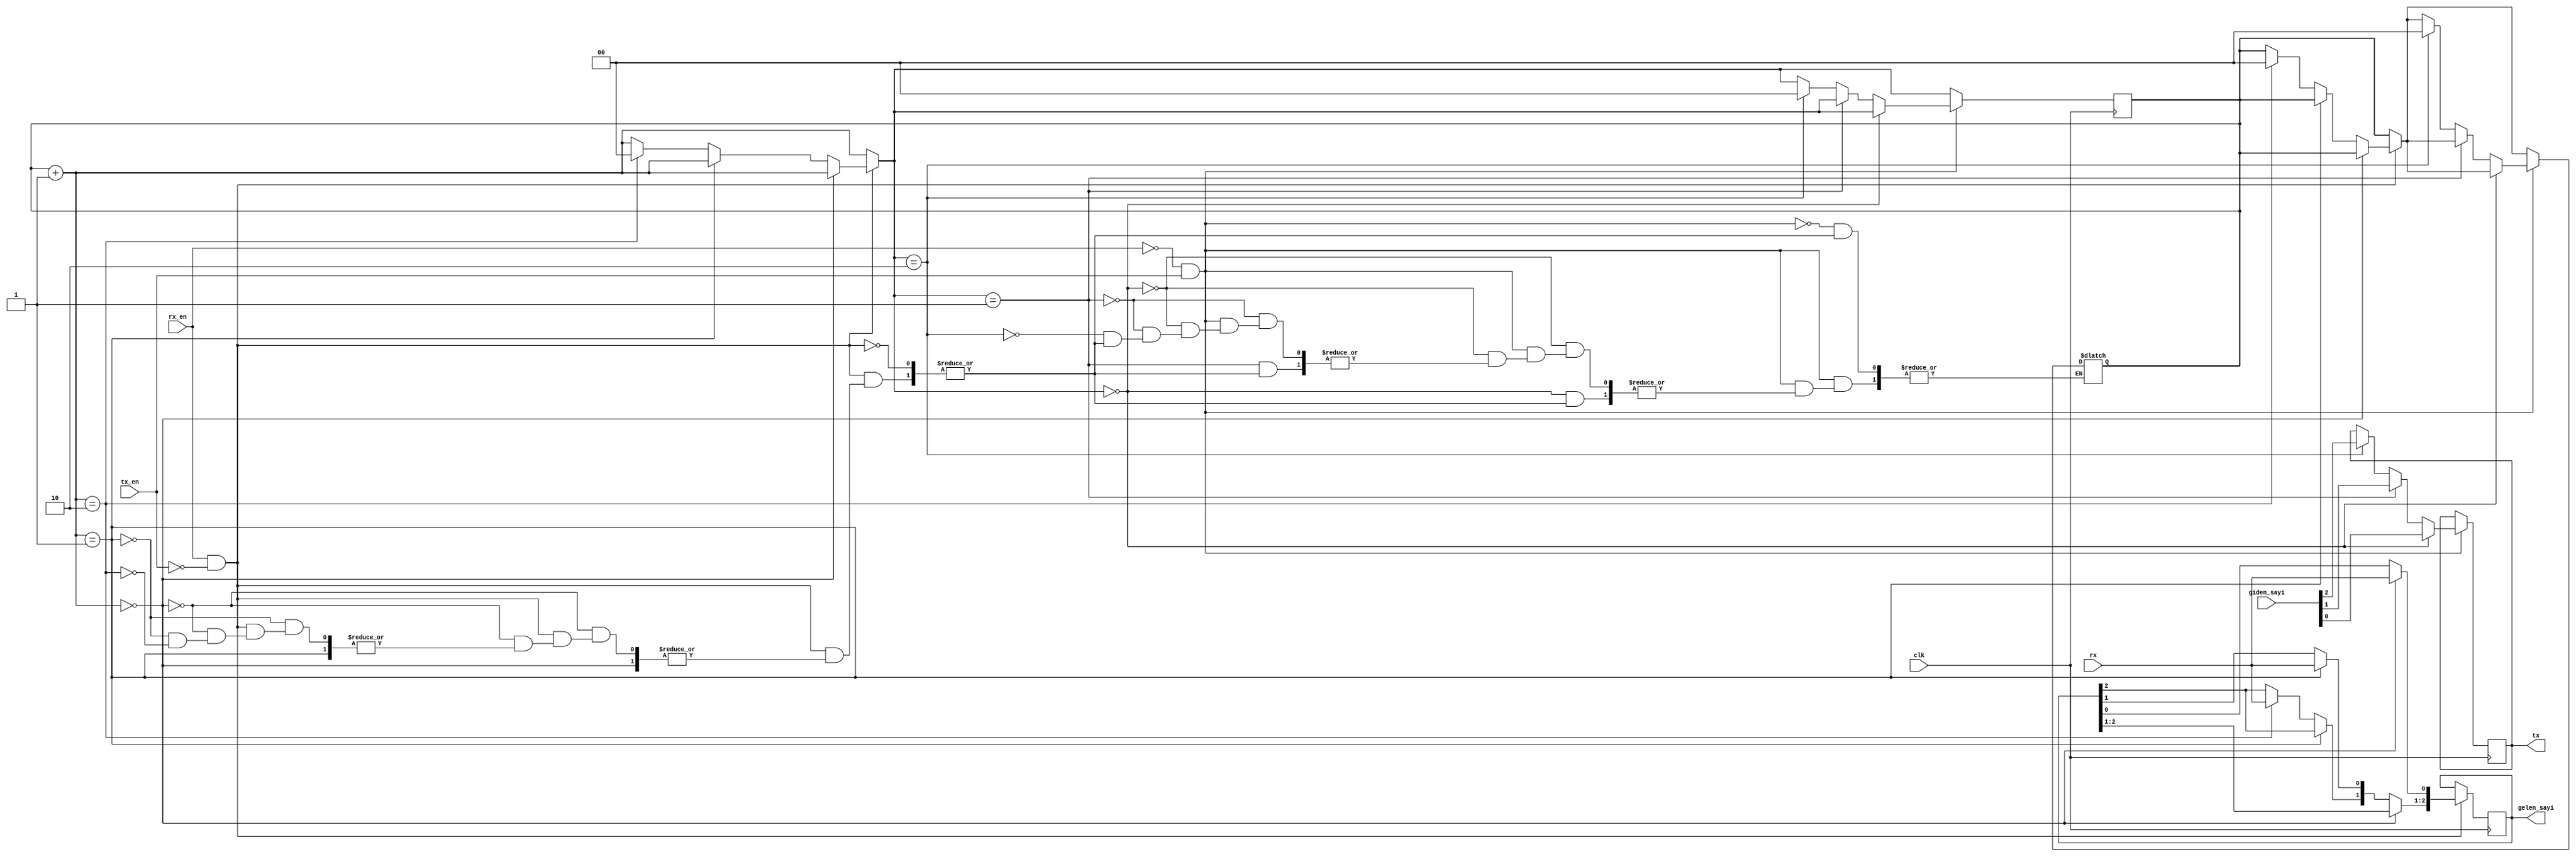
`timescale 1ns / 1ps
//////////////////////////////////////////////////////////////////////////////////
// Company: 
// Engineer: 
// 
// Design Name: 
// Module Name: alici_verici
// Project Name: 
// Target Devices: 
// Tool Versions: 
// Description: 
// 
// Dependencies: 
// 
// Revision:
// Revision 0.01 - File Created
// Additional Comments:
// 
//////////////////////////////////////////////////////////////////////////////////


module alici_verici(
input clk,
input rx,
input rx_en,
input tx_en,
input [2:0] giden_sayi,// tx ile aktarlacak 3-bitlik say girii.
output reg tx,//: 1-bitlik darya verilecek deer k
output reg [2:0]gelen_sayi//: rx toplamda 3 evrimde alnan bitleri 3-bit deer olarak verecek k
    );
reg rx_next,tx_next;
reg [1:0] cevrim,cevrim_next;
reg [1:0] count,count_next;//ustmodul icin yazdim.
reg [2:0] gelen_sayi_next;

initial begin
rx_next =0;
tx_next=0;
cevrim=0;
count=0;
count_next=0;
cevrim_next=0;
gelen_sayi_next=0;
end
always@*
begin
rx_next=rx;
tx_next=tx;
cevrim_next=cevrim+1;
count_next=count+1;
gelen_sayi_next=gelen_sayi;
if(rx_en==1'b1 && tx_en ==1'b0)
begin
    if(cevrim_next==2'b00)
    begin
        gelen_sayi_next[0]=rx_next;
    end
    else if(cevrim_next==2'b01)
    begin
        gelen_sayi_next[1]=rx_next;
    end
    else if(cevrim_next==2'b10)
    begin
        gelen_sayi_next[2]=rx_next;
        cevrim=0; //tekrar sayi alinabilir veya disari verilebilir.
        cevrim_next=0;
    end
end
if(rx_en==1'b0 && tx_en ==1'b1)
begin
    if(cevrim_next==2'b00)
    begin
        tx_next=giden_sayi[0];
    end
    else if(cevrim_next==2'b01)
    begin
        tx_next=giden_sayi[1];
    end
    else if(cevrim_next==2'b10)
    begin
        tx_next=giden_sayi[2];
        cevrim=0; //tekrar sayi alinabilir veya disari verilebilir.
        cevrim_next=0;
    end
end
end
always@(posedge clk)
begin
gelen_sayi<= gelen_sayi_next;
tx<=tx_next;
cevrim<=cevrim_next;
count<=count_next;
end
endmodule